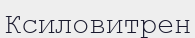
Ксиловитрен